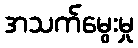
အသက်မွေးမှု